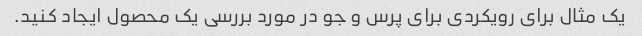
یک مثال برای رویکردی برای پرس و جو در مورد بررسی یک محصول ایجاد کنید.